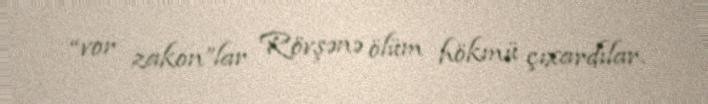
“vor zakon”lar Rövşənə ölüm hökmü çıxardılar.